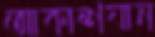
আকাশযান